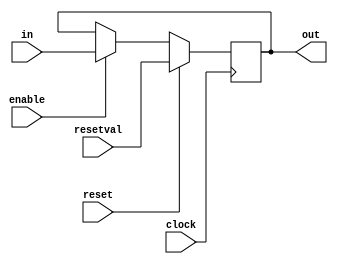
// Clocked register with enable signal and synchronous reset
module cenrreg(out, in, enable, reset, resetval, clock);
parameter width = 8;
output [width-1:0] out;
reg [width-1:0] out;
input [width-1:0] in;
input enable;
input reset;
input [width-1:0] resetval;
input clock;
always @(posedge clock)
begin
    if (reset)
        out <= resetval;
    else if (enable)
        out <= in;
end
endmodule

// Pipeline register. Uses reset signal to inject bubble
module preg(out, in, stall, bubble, bubbleval, clock);
parameter width = 8;
output [width-1:0] out;
input [width-1:0] in;
input stall, bubble;
input [width-1:0] bubbleval;
input clock;

cenrreg #(width) r(out, in, ~stall, bubble, bubbleval, clock);
endmodule

module reg_data(dstE, valE, dstM, valM, srcA, valA, srcB, valB, clock, 
rax, rcx, rdx, rbx, rsp, rbp, rsi, rdi, r8, r9, r10, r11, r12, r13, r14);

input [3:0] dstE;
input [63:0] valE;
input [3:0] dstM;
input [63:0] valM;
input [3:0] srcA;
output [63:0] valA;
input [3:0] srcB;
output [63:0] valB;
input clock;


output [63:0] rax, rcx, rdx, rbx, rsp, rbp, rsi, rdi, r8, r9, r10, r11, r12, r13, r14;
  
wire [63:0] rax_dat, rcx_dat, rdx_dat, rbx_dat, rsp_dat, rbp_dat, rsi_dat, rdi_dat, r8_dat, 
r9_dat, r10_dat, r11_dat, r12_dat, r13_dat, r14_dat;


wire rax_wrt, rcx_wrt, rdx_wrt, rbx_wrt, rsp_wrt, rbp_wrt, rsi_wrt, rdi_wrt, r8_wrt, r9_wrt, 
r10_wrt, r11_wrt, r12_wrt, r13_wrt, r14_wrt;

cenrreg #(64) rax_reg(rax, rax_dat, rax_wrt, 1'b0, 64'b0, clock);
cenrreg #(64) rcx_reg(rcx, rcx_dat, rcx_wrt, 1'b0, 64'b0, clock);
cenrreg #(64) rdx_reg(rdx, rdx_dat, rdx_wrt, 1'b0, 64'b0, clock);
cenrreg #(64) rbx_reg(rbx, rbx_dat, rbx_wrt, 1'b0, 64'b0, clock);
cenrreg #(64) rsp_reg(rsp, rsp_dat, rsp_wrt, 1'b0, 64'b0, clock);
cenrreg #(64) rbp_reg(rbp, rbp_dat, rbp_wrt, 1'b0, 64'b0, clock);
cenrreg #(64) rsi_reg(rsi, rsi_dat, rsi_wrt, 1'b0, 64'b0, clock);
cenrreg #(64) rdi_reg(rdi, rdi_dat, rdi_wrt, 1'b0, 64'b0, clock);
cenrreg #(64) r8_reg(r8, r8_dat, r8_wrt, 1'b0, 64'b0, clock);
cenrreg #(64) r9_reg(r9, r9_dat, r9_wrt, 1'b0, 64'b0, clock);
cenrreg #(64) r10_reg(r10, r10_dat, r10_wrt, 1'b0, 64'b0, clock);
cenrreg #(64) r11_reg(r11, r11_dat, r11_wrt, 1'b0, 64'b0, clock);
cenrreg #(64) r12_reg(r12, r12_dat, r12_wrt, 1'b0, 64'b0, clock);
cenrreg #(64) r13_reg(r13, r13_dat, r13_wrt, 1'b0, 64'b0, clock);
cenrreg #(64) r14_reg(r14, r14_dat, r14_wrt, 1'b0, 64'b0, clock);

assign valA =
srcA == 4'h0 ? rax :
srcA == 4'h1 ? rcx :
srcA == 4'h2 ? rdx :
srcA == 4'h3 ? rbx :
srcA == 4'h4 ? rsp :
srcA == 4'h5 ? rbp :
srcA == 4'h6 ? rsi :
srcA == 4'h7 ? rdi :
srcA == 4'h8 ? r8 :
srcA == 4'h9 ? r9 :
srcA == 4'hA ? r10 :
srcA == 4'hB ? r11 :
srcA == 4'hC ? r12 :
srcA == 4'hD ? r13 :
srcA == 4'hE ? r14 :
0;

assign valB =
srcB == 4'h0 ? rax :
srcB == 4'h1 ? rcx :
srcB == 4'h2 ? rdx :
srcB == 4'h3 ? rbx :
srcB == 4'h4 ? rsp :
srcB == 4'h5 ? rbp :
srcB == 4'h6 ? rsi :
srcB == 4'h7 ? rdi :
srcB == 4'h8 ? r8 :
srcB == 4'h9 ? r9 :
srcB == 4'hA ? r10 :
srcB == 4'hB ? r11 :
srcB == 4'hC ? r12 :
srcB == 4'hD ? r13 :
srcB == 4'hE ? r14 :
0;
assign rax_dat = dstM == 4'h0 ? valM : valE;
assign rcx_dat = dstM == 4'h1 ? valM : valE;
assign rdx_dat = dstM == 4'h2 ? valM : valE;
assign rbx_dat = dstM == 4'h3 ? valM : valE;
assign rsp_dat = dstM == 4'h4 ? valM : valE;
assign rbp_dat = dstM == 4'h5 ? valM : valE;
assign rsi_dat = dstM == 4'h6 ? valM : valE;
assign rdi_dat = dstM == 4'h7 ? valM : valE;
assign r8_dat = dstM == 4'h8 ? valM : valE;
assign r9_dat = dstM == 4'h9 ? valM : valE;
assign r10_dat = dstM == 4'hA ? valM : valE;
assign r11_dat = dstM == 4'hB ? valM : valE;
assign r12_dat = dstM == 4'hC ? valM : valE;
assign r13_dat = dstM == 4'hD ? valM : valE;
assign r14_dat = dstM == 4'hE ? valM : valE;

assign rax_wrt = dstM == 4'h0 | dstE == 4'h0;
assign rcx_wrt = dstM == 4'h1 | dstE == 4'h1;
assign rdx_wrt = dstM == 4'h2 | dstE == 4'h2;
assign rbx_wrt = dstM == 4'h3 | dstE == 4'h3;
assign rsp_wrt = dstM == 4'h4 | dstE == 4'h4;
assign rbp_wrt = dstM == 4'h5 | dstE == 4'h5;
assign rsi_wrt = dstM == 4'h6 | dstE == 4'h6;
assign rdi_wrt = dstM == 4'h7 | dstE == 4'h7;
assign r8_wrt = dstM == 4'h8 | dstE == 4'h8;
assign r9_wrt = dstM == 4'h9 | dstE == 4'h9;
assign r10_wrt = dstM == 4'hA | dstE == 4'hA;
assign r11_wrt = dstM == 4'hB | dstE == 4'hB;
assign r12_wrt = dstM == 4'hC | dstE == 4'hC;
assign r13_wrt = dstM == 4'hD | dstE == 4'hD;
assign r14_wrt = dstM == 4'hE | dstE == 4'hE;
endmodule

module cc(cc, new_cc, set_cc, clock);
output[2:0] cc;
input [2:0] new_cc;
input set_cc;
input clock;

cenrreg #(3) c(cc, new_cc, set_cc, 1'b0, 3'b100, clock);
endmodule